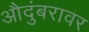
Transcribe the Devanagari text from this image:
औदुंबरावर